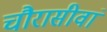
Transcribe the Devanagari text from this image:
चौरासीवां